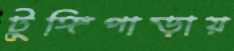
টুঙ্গিপাড়ায়